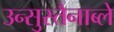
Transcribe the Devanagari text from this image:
उन्सुस्तैनाब्ले